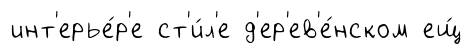
инт'ерье́р'е ст'и́л'е д'ер'ев'е́нском ещ́